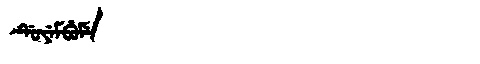
Manchu: ᡩᡠᠶᡝᠮᠪᡠᠮᡝ
Romanization: DUYEMBUME